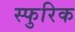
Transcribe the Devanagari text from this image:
स्फुरिक